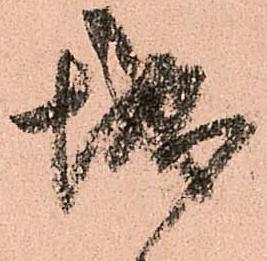
城